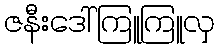
ဇနီးဒေါ်ကြူကြူလှ